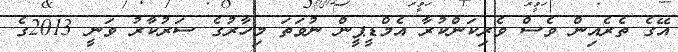
އޭގެ ތެރެއިން ވެސް ވެރިކަންކުރާ އެމްޑީޕީން ނުވަތަ މިހާރުގެ ސަރުކާރު ވަނީ 2013ގެ